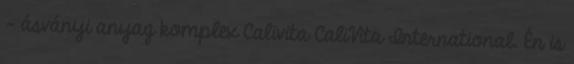
- ásványi anyag komplex Calivita CaliVita International. Én is